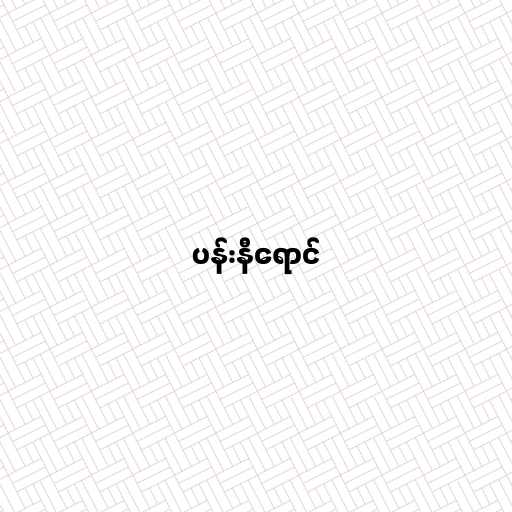
ပန်းနီရောင်